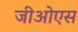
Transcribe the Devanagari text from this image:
जीओएस